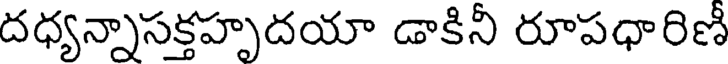
దధ్యన్నాసక్తహృదయా డాకినీ రూపధారిణీ